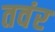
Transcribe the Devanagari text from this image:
तवंर